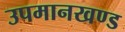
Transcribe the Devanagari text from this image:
उपमानखण्ड